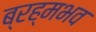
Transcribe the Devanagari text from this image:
ब्रह्मभव